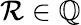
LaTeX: \mathcal{R}\in\mathbb{{Q}}